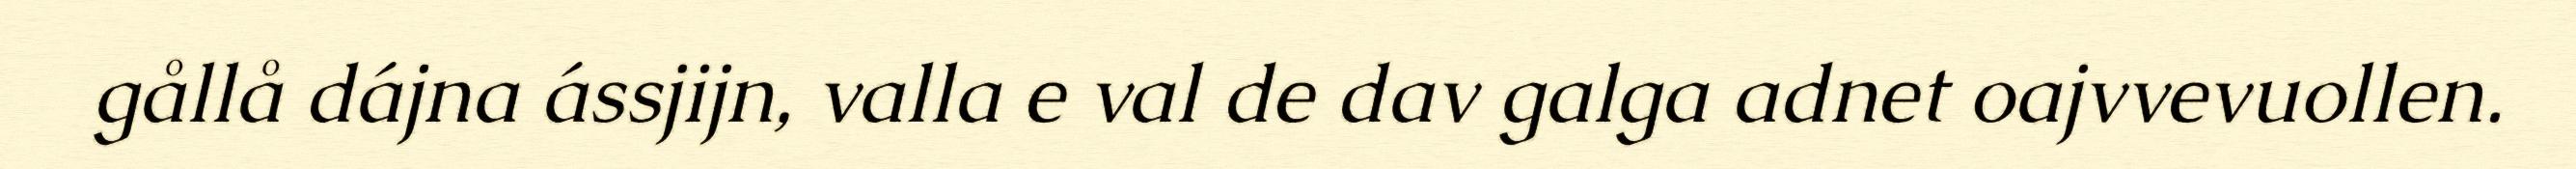
gållå dájna ássjijn, valla e val de dav galga adnet oajvvevuollen.